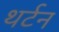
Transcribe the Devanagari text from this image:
थर्टन